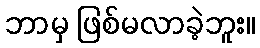
ဘာမှ ဖြစ်မလာခဲ့ဘူး။